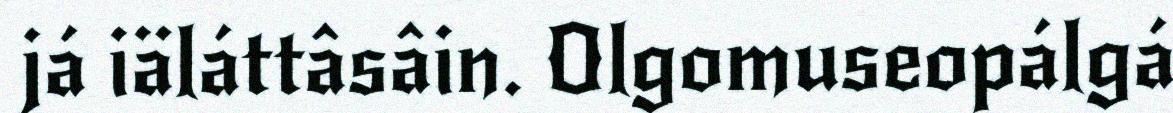
já iäláttâsâin. Olgomuseopálgá